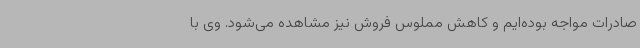
صادرات مواجه ‌بوده‌ایم و کاهش مملوس فروش نیز مشاهده می‌شود. وی با